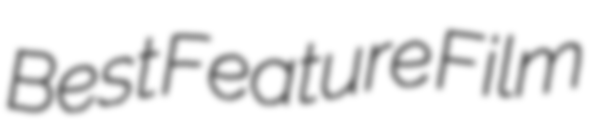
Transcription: Best Feature Film